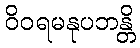
ဝိဝရမနုပဘန္တိ